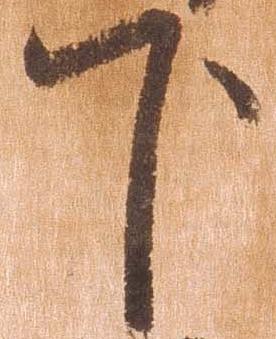
下